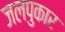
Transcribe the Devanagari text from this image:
जलपुकार